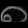
Digit: ၈